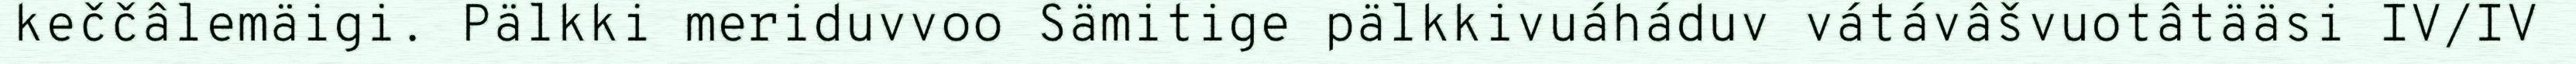
keččâlemäigi. Pälkki meriduvvoo Sämitige pälkkivuáháduv vátávâšvuotâtääsi IV/IV